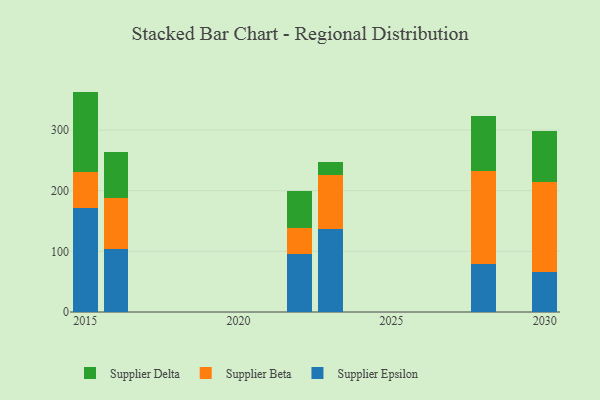
{"axis": {"x": "Year", "y": "Humidity (%)"}, "legend": ["Supplier Beta", "Supplier Delta", "Supplier Epsilon"], "data": [{"x": "2015", "y": 171.8, "type": "Supplier Epsilon"}, {"x": "2015", "y": 58.6, "type": "Supplier Beta"}, {"x": "2015", "y": 133.0, "type": "Supplier Delta"}, {"x": "2016", "y": 103.8, "type": "Supplier Epsilon"}, {"x": "2016", "y": 84.1, "type": "Supplier Beta"}, {"x": "2016", "y": 75.9, "type": "Supplier Delta"}, {"x": "2023", "y": 136.7, "type": "Supplier Epsilon"}, {"x": "2023", "y": 88.8, "type": "Supplier Beta"}, {"x": "2023", "y": 21.9, "type": "Supplier Delta"}, {"x": "2030", "y": 65.2, "type": "Supplier Epsilon"}, {"x": "2030", "y": 148.4, "type": "Supplier Beta"}, {"x": "2030", "y": 85.3, "type": "Supplier Delta"}, {"x": "2028", "y": 79.5, "type": "Supplier Epsilon"}, {"x": "2028", "y": 153.3, "type": "Supplier Beta"}, {"x": "2028", "y": 90.7, "type": "Supplier Delta"}, {"x": "2022", "y": 95.5, "type": "Supplier Epsilon"}, {"x": "2022", "y": 43.2, "type": "Supplier Beta"}, {"x": "2022", "y": 60.3, "type": "Supplier Delta"}]}